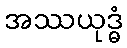
အဿယုဒ္ဓံ